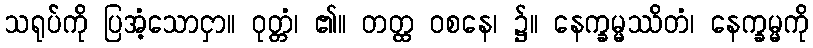
သရုပ်ကို ပြအံ့သောငှာ။ ဝုတ္တံ၊ ၏။ တတ္ထ ဝစနေ၊ ၌။ နေက္ခမ္မဿိတံ၊ နေက္ခမ္မကို